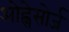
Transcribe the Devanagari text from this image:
ओह्नेसोर्ज